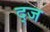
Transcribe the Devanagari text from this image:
द्ज